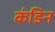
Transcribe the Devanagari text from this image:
कंडिन